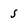
Character: s